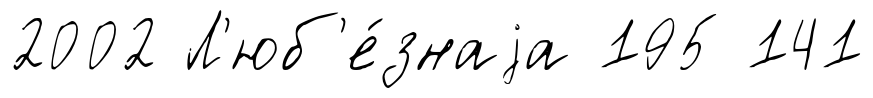
2002 Л'юб'е́знаjа 195 141